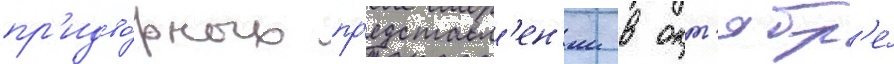
пр'идво́рных пр'едставл'ен'ии в окт'ябр'е́